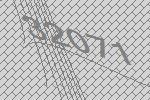
32071